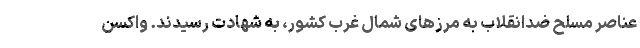
عناصر مسلح ضدانقلاب به مرزهای شمال غرب کشور، به شهادت رسیدند. واکسن